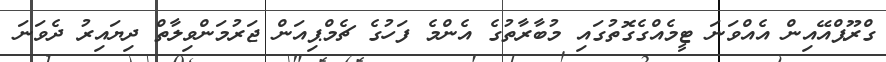
ގްރޫޕްއޭއިން އެއްވަނަ ޓީމެއްގެގޮތުގައި މުބާރާތުގެ އެންމެ ފަހުގެ ޗެމްޕިއަން ޖަރުމަންވިލާތް ދިޔައިރު ދެވަނަ